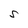
Character: S